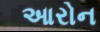
આરોન